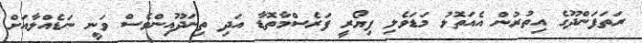
ރަތަފަންދޫގެ އިތުރުން އެއަތޮޅު މަޑަވެލި ފިޔޯރީ ފަރެސްމާތޮޑާ އަދި ތިނަދޫއިންވެސް ވަނީ ނަޑެއްލާއަށް